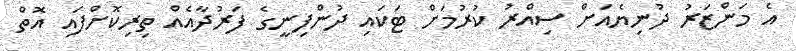
އެ މަންޒަރު ދުނިޔެއަށް ސިއްރު ކުރުމަށް ޓަކައި ދުންފިނީގެ ފަރުދާއެއް ތިރިކޮށްފައި އޮތް